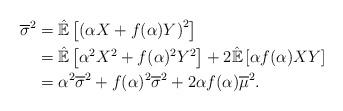
LaTeX: \begin{align*}\overline{\sigma}^2&=\hat{\mathbb{E}}\left[\left(\alpha X+f(\alpha)Y\right)^2\right]\\&=\hat{\mathbb{E}}\left[\alpha^2 X^2+f(\alpha)^2Y^2\right]+2\hat{\mathbb{E}}\left[\alpha f(\alpha)XY\right]\\&=\alpha^2\overline{\sigma}^2+f(\alpha)^2\overline{\sigma}^2+2\alpha f(\alpha)\overline{\mu}^2.\end{align*}